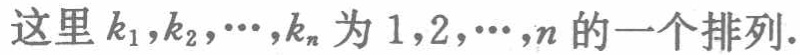
这里 \(k_{1},k_{2},\cdots,k_{n}\) 为 \(1,2,\cdots,n\) 的一个排列.